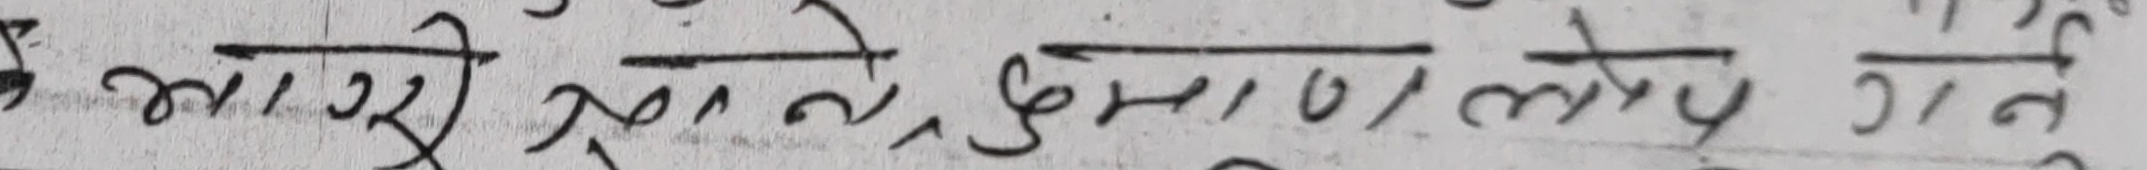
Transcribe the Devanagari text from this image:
समस्या स्थाने गुणा लोप गर्ने